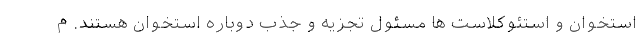
استخوان و استئوکلاست ها مسئول تجزیه و جذب دوباره استخوان هستند. م